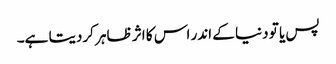
پس یا تو دنیا کے اندر اس کا اثر ظاہر کردیتا ہے۔